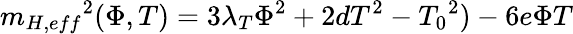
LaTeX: {m_{H,eff}}^{2}(\Phi,T)=3{\lambda}_{T}{\Phi}^{2}+2dT^{2}-{T_{0}}^{2})-6e\Phi T